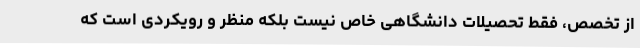
از تخصص، فقط تحصیلات دانشگاهی خاص نیست بلکه منظر و رویکردی است که